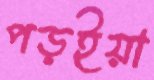
পড়ইয়া